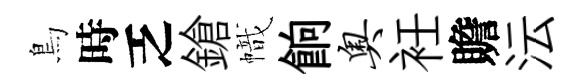
鳥時乏鎗幟餉奥衽贍沄